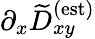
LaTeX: \partial_{x}\widetilde{D}_{xy}^{\textrm{(est)}}